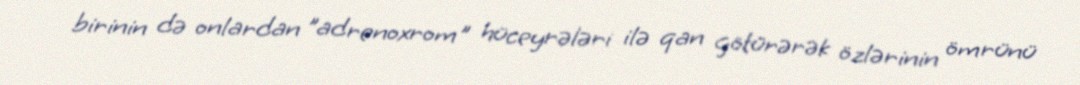
birinin də onlardan "adrenoxrom" hüceyrələri ilə qan götürərək özlərinin ömrünü